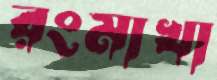
রংমাখা